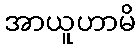
အာယူဟာမိ